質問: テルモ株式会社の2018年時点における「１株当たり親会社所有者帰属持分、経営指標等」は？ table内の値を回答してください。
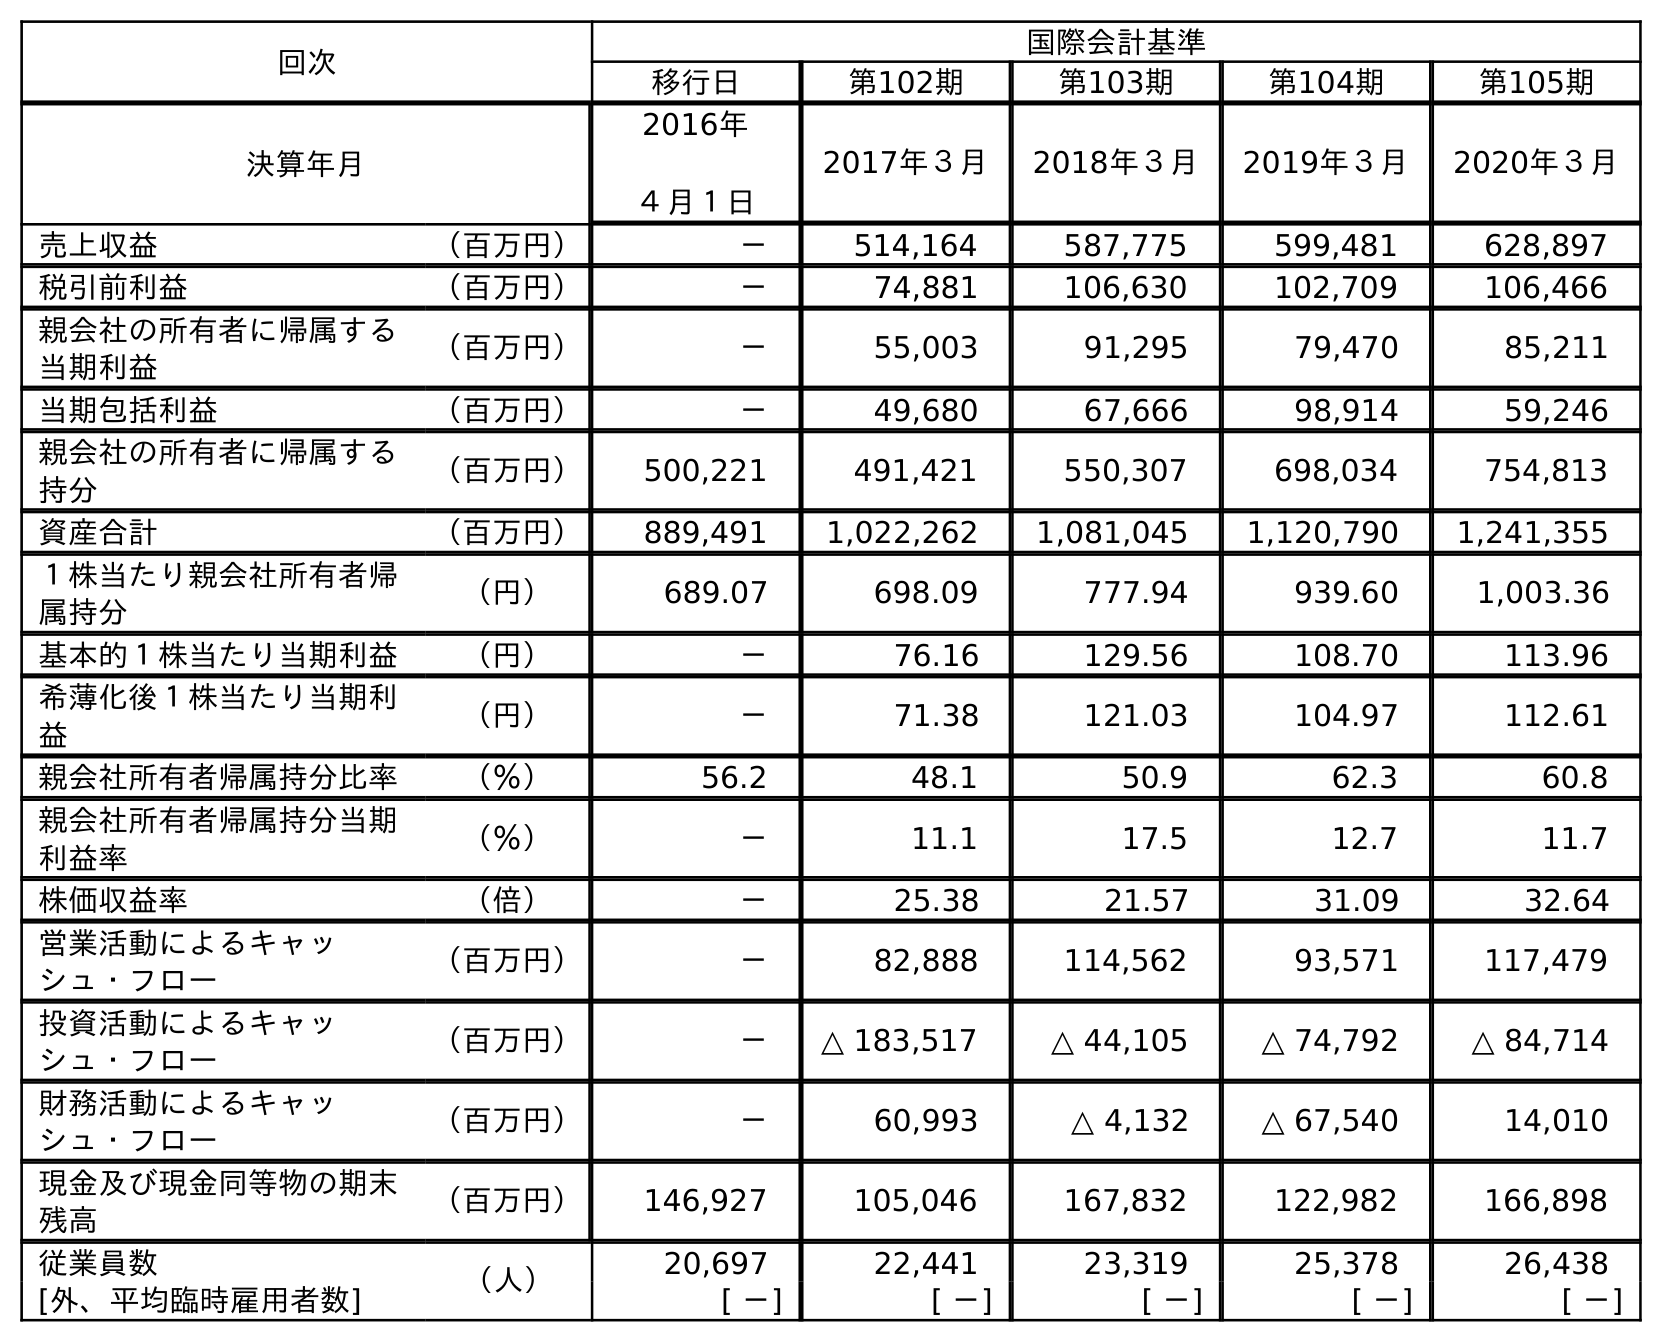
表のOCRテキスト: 回次 国際会計基準 移行日 第102期 第103期 第104期 第105期 決算年月 2016年 ４月１日 2017年３月 2018年３月 2019年３月 2020年３月 売上収益 （百万円） － 514,164 587,775 599,481 628,897 税引前利益 （百万円） － 74,881 106,630 102,709 106,466 親会社の所有者に帰属する 当期利益 （百万円） － 55,003 91,295 79,470 85,211 当期包括利益 （百万円） － 49,680 67,666 98,914 59,246 親会社の所有者に帰属する 持分 （百万円） 500,221 491,421 550,307 698,034 754,813 資産合計 （百万円） 889,491 1,022,262 1,081,045 1,120,790 1,241,355 １株当たり親会社所有者帰 属持分 （円） 689.07 698.09 777.94 939.60 1,003.36 基本的１株当たり当期利益 （円） － 76.16 129.56 108.70 113.96 希薄化後１株当たり当期利 益 （円） － 71.38 121.03 104.97 112.61 親会社所有者帰属持分比率 （％） 56.2 48.1 50.9 62.3 60.8 親会社所有者帰属持分当期 利益率 （％） － 11.1 17.5 12.7 11.7 株価収益率 （倍） － 25.38 21.57 31.09 32.64 営業活動によるキャッ シュ・フロー （百万円） － 82,888 114,562 93,571 117,479 投資活動によるキャッ シュ・フロー （百万円） － △ 183,517 △ 44,105 △ 74,792 △ 84,714 財務活動によるキャッ シュ・フロー （百万円） － 60,993 △ 4,132 △ 67,540 14,010 現金及び現金同等物の期末 残高 （百万円） 146,927 105,046 167,832 122,982 166,898 従業員数 （人） 20,697 22,441 23,319 25,378 26,438 [外、平均臨時雇用者数] [ －] [ －] [ －] [ －] [ －]
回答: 777.94